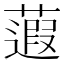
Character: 蕸